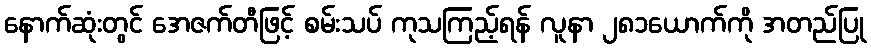
နောက်ဆုံးတွင် အေဇက်တီဖြင့် စမ်းသပ် ကုသကြည့်ရန် လူနာ ၂၈၁ယောက်ကို အတည်ပြု